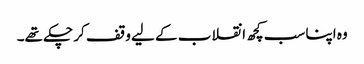
وہ اپنا سب کچھ انقلاب کے لیے وقف کر چکے تھے۔